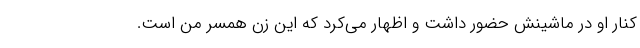
کنار او در ماشینش حضور داشت و اظهار می‌کرد که این زن همسر من است.